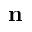
\mathbf { n }